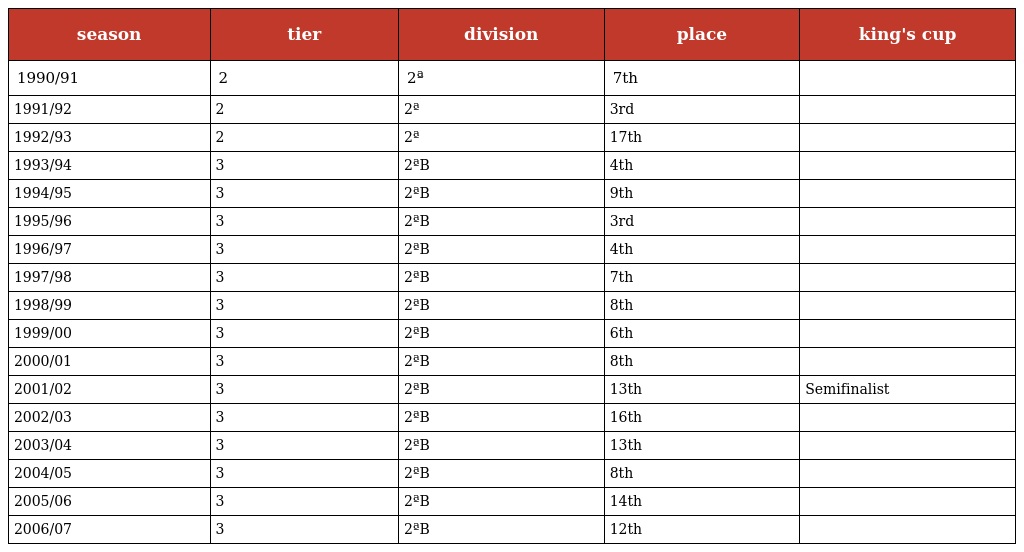
| season | tier | division | place | king's cup |
 | --- | --- | --- | --- | --- |
 | 1990/91 | 2 | 2ª | 7th |  |
 | 1991/92 | 2 | 2ª | 3rd |  |
 | 1992/93 | 2 | 2ª | 17th |  |
 | 1993/94 | 3 | 2ªB | 4th |  |
 | 1994/95 | 3 | 2ªB | 9th |  |
 | 1995/96 | 3 | 2ªB | 3rd |  |
 | 1996/97 | 3 | 2ªB | 4th |  |
 | 1997/98 | 3 | 2ªB | 7th |  |
 | 1998/99 | 3 | 2ªB | 8th |  |
 | 1999/00 | 3 | 2ªB | 6th |  |
 | 2000/01 | 3 | 2ªB | 8th |  |
 | 2001/02 | 3 | 2ªB | 13th | Semifinalist |
 | 2002/03 | 3 | 2ªB | 16th |  |
 | 2003/04 | 3 | 2ªB | 13th |  |
 | 2004/05 | 3 | 2ªB | 8th |  |
 | 2005/06 | 3 | 2ªB | 14th |  |
 | 2006/07 | 3 | 2ªB | 12th |  |